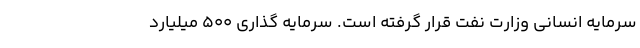
سرمایه انسانی وزارت نفت قرار گرفته است. سرمایه گذاری ۵۰۰ میلیارد